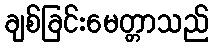
ချစ်ခြင်းမေတ္တာသည်